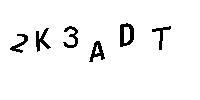
2K3ADT